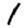
Digit: 1